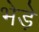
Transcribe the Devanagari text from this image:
भेडे़